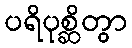
ပရိပုစ္ဆိတွာ